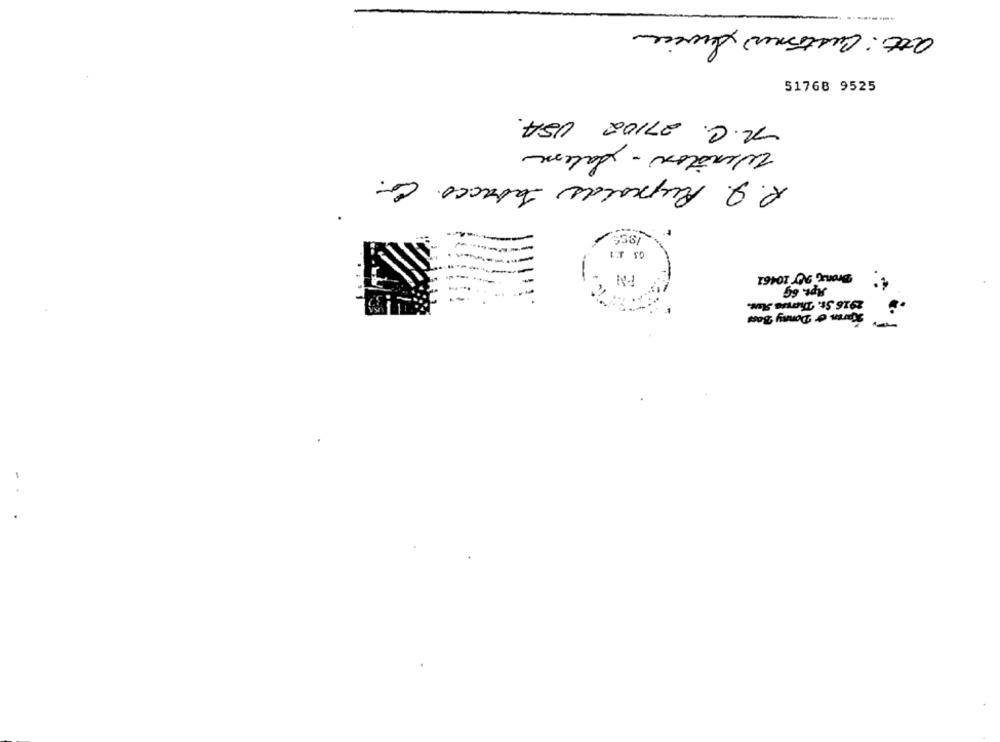
att: Customer Service
51768 9525
R.C. 27102 USA.
Winston - Saleme
R.Q. Rupolds Tabacco.
338
Apt. &G
2916 St. Theresa Stan.
Karen o Donny Boss